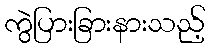
ကွဲပြားခြားနားသည့်